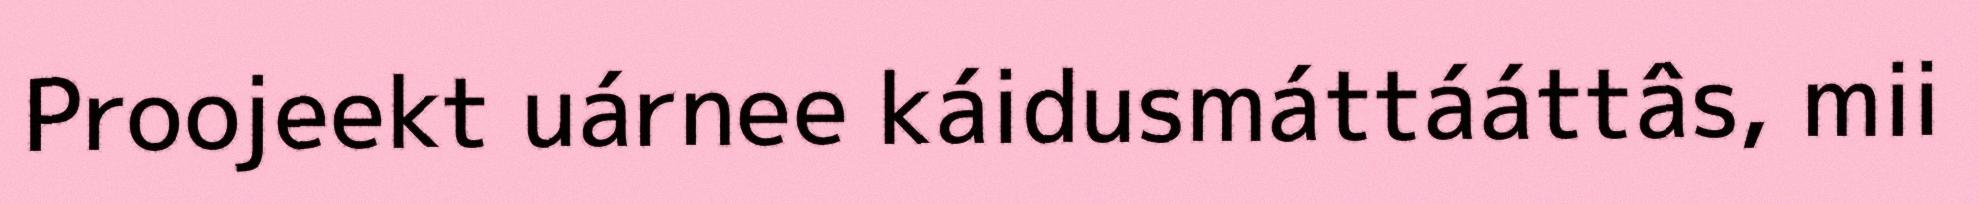
Proojeekt uárnee káidusmáttááttâs, mii